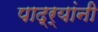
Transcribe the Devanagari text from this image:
पाद्र्यांनी